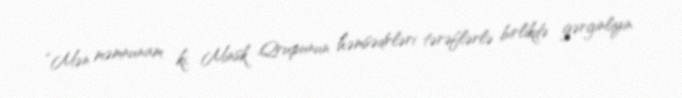
“Mən məmnunam ki, Minsk Qrupunun həmsədrləri tərəflərlə birlikdə gərginliyin